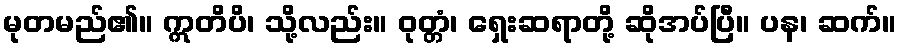
မုတမည်၏။ ဣတိပိ၊ သို့လည်း။ ဝုတ္တံ၊ ရှေးဆရာတို့ ဆိုအပ်ပြီ။ ပန၊ ဆက်။